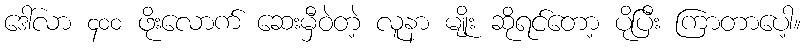
ဒေါ်လာ ၄၀၀ ဖိုးလောက် ဆေးမှီဝဲတဲ့ လူနာ မျိုး ဆိုရင်တော့ ပိုပြီး ကြာတာပေါ့။